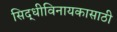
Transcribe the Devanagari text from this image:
सिद्धीविनायकासाठी